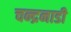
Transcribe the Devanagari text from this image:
चन्द्रनाडी